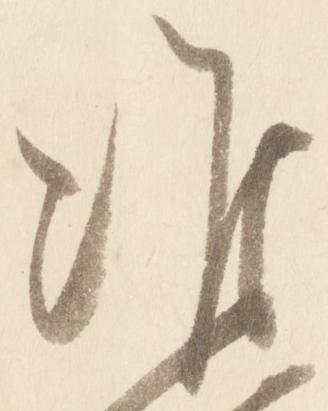
准